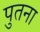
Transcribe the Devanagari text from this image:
पुतना